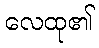
လေထု၏